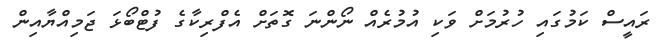
ރައީސް ކަމުގައި ހުރުމަށް ވަކި އުމުރެއް ނޯންނަ ގޮތަށް އެފްރިކާގެ ފުޓްބޯޅަ ޖަމިއްޔާއިން